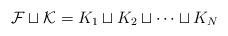
LaTeX: \begin{align*} \mathcal{F}\sqcup\mathcal{K}=K_1\sqcup K_2\sqcup \cdots \sqcup K_N\end{align*}